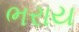
ભરાય